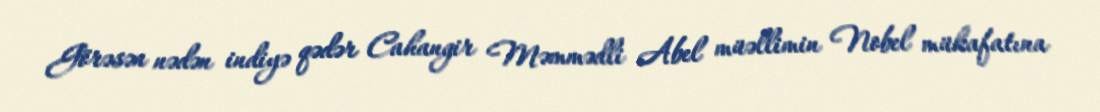
Görəsən nədən indiyə qədər Cahangir Məmmədli Abel müəllimin Nobel mükafatına